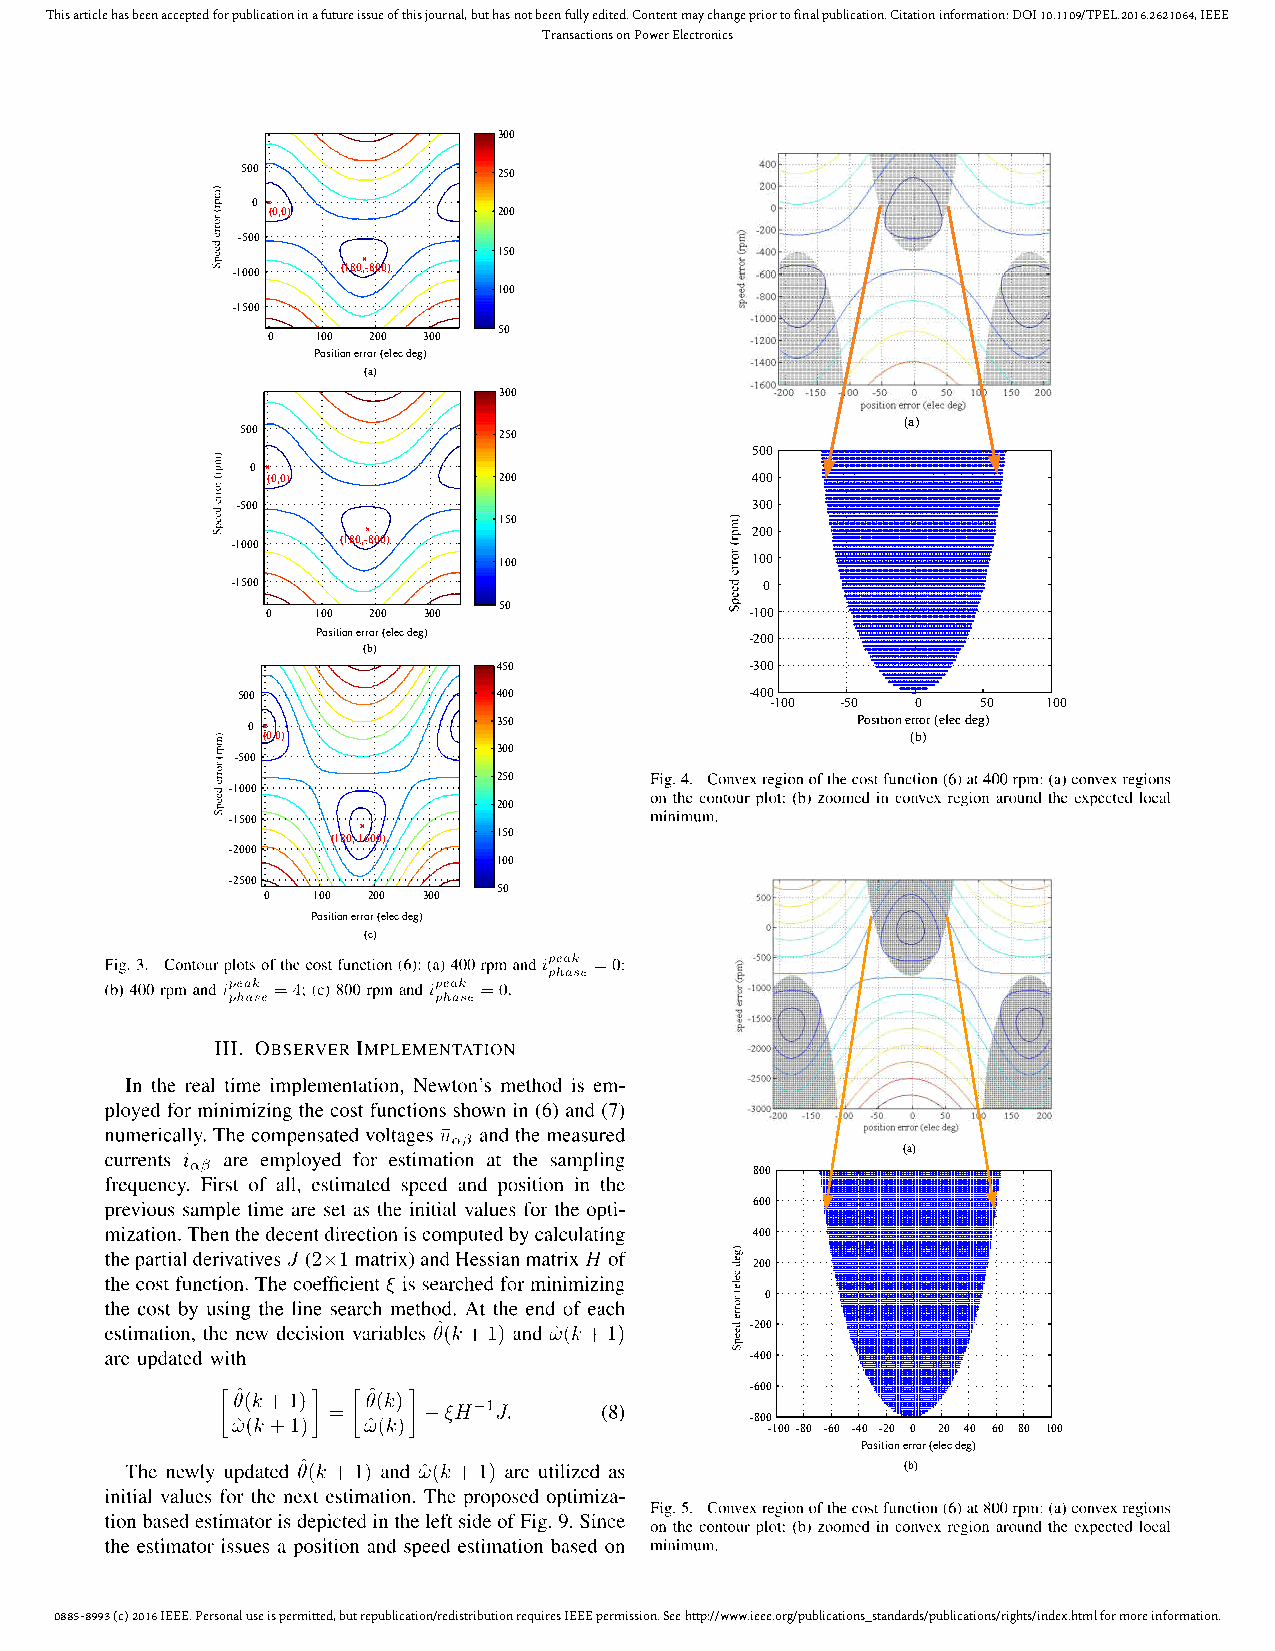
This article has been accepted for publication in a future issue of this journal, but has not been fully edited. Content may change prior to final publication. Citation information: DOI 10.1109/TPEL.2016.2621064, IEEE
 Transactions on Power Electronics
 300
 500              250
 0
 (0,0)          200
 -500
 150
 -1000   (180,-800)
 100
 -1500
 50
 0  100 200 300
 Position error (elec deg)
 (a)
 300
 (a)
 500              250
 500
 0
 (0,0)          200              400
 -500                              300
 150
 200
 -1000   (180,-800)
 100              100
 -1500                               0
 0  100 200 300 50               -100
 Position error (elec deg)    -200
 (b)
 450              -300
 500              400              -400 -100 -50 0 50 100
 0                350                     Position error (elec deg)
 (0,0)                                      (b)
 300
 -500
 250
 -1000
 200
 -1500
 150
 (180,-1600)
 -2000
 100
 -2500
 50
 0   100 200 300
 Position error (elec deg)
 (c)
 (a)
 800
 600
 400
 200
 0
 -200
 -400
 -600
 -800
 -100 -80 -60 -40 -20 0 20 40 60 80 100
 Position error (elec deg)
 (b)
 0885-8993 (c) 2016 IEEE. Personal use is permitted, but republication/redistribution requires IEEE permission. See http://www.ieee.org/publications_standards/publications/rights/index.html for more information.